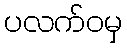
ပလက်ဝမှ